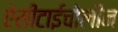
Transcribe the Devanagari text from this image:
ऐसीटाईचोलीन